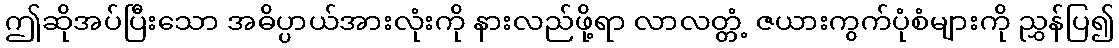
ဤဆိုအပ်ပြီးသော အဓိပ္ပာယ်အားလုံးကို နားလည်ဖို့ရာ လာလတ္တံ့ ဇယားကွက်ပုံစံများကို ညွှန်ပြ၍